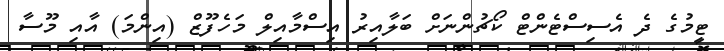
ޓީމުގެ ދެ އެސިސްޓެންޓް ކޯޗުންނަށް ބަލާއިރު އިސްމާއިލް މަހެފޫޒް (އިންމަ) އާއި މޫސާ